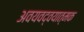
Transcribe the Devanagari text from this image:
अवयवद्वयात्मक